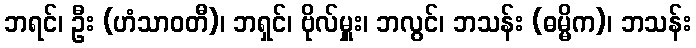
ဘရင်၊ ဦး (ဟံသာဝတီ)၊ ဘရှင်၊ ဗိုလ်မှူး၊ ဘလွင်၊ ဘသန်း (ဓမ္မိက)၊ ဘသန်း